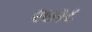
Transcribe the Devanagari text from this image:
९७१८